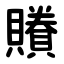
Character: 䞉